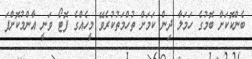
ބެންކޮކަށް ބޮމުގެ ހަމަލާ ދިން ކަމަށް ތުހްމަތުކުރެވޭ މީހެއްގެ ފޮޓޯ ވަނީ އާންމުކޮށްފަ